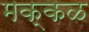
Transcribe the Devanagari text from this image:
मक्कळ